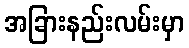
အခြားနည်းလမ်းမှာ